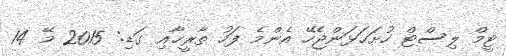
ޓީމް ލިސްޓް ހުށަހަޅަންޖެހޭ އެންމެ ފަހު ތާރީޚާއި ގަޑި: 2015 މޭ 14